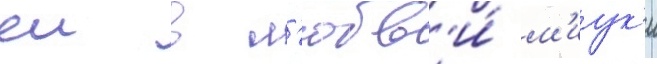
еи в л'юбв'и́ м'иук'и